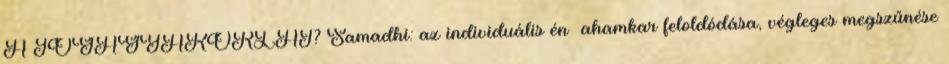
A JÓGAGYAKORLAT? Samadhi: az individuális én ahamkar feloldódása, végleges megszűnése